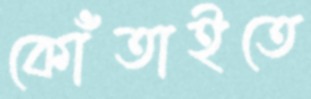
কোঁতাইতে